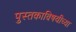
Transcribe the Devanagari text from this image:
पुस्तकाविषयीच्या